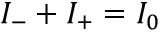
I _ { - } + I _ { + } = I _ { 0 }